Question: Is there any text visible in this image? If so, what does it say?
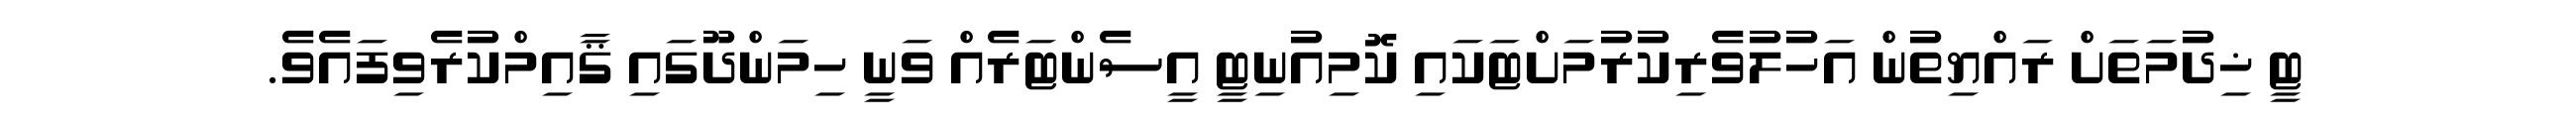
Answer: ޓީ ޚިދުމަތަށް ރައްޔިތުން އަހުލުވެރިކުރުމަށްޓަކައި ކޮމިއުނިޓީ އީސެންޓަރެއް ވަނީ ހިމަންދޫގައި ޤާއިމްކުރެވިފައެވެ.